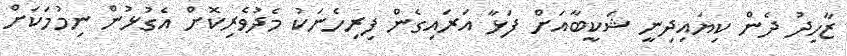
ޒާހިދު ދެން ކިޔައިދިނީ ޝަކީބާއަށް ފަޅާ އަރައިގެން ފިރިހެނަކު މެދުވެރިކޮށް އެގުޅުން ނިމުމަކަށް